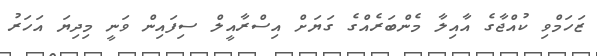
ޒަހަމްވި ކުއްޖާގެ އާއިލާ މެންބަރެއްގެ ގަޔަށް އިސްރާއީލް ސިފައިން ވަނީ މިދިޔަ އަހަރު